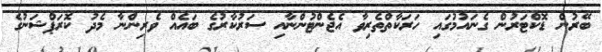
ބޭރުން ޑޮކްޓަރުން ގެނައުމުގައި ހަރަކާތްތެރިވާ އެޖެންޓުންނާއި ސަރުކާރުގެ ބައެއް ވެރިންނާ މެދު ކޮރަޕްޝަނުގެ